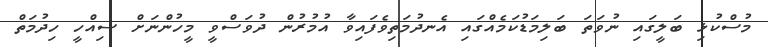
މުސްކުޅި ބަލީގައި ނުވަތަ ބަލިމަޑުކަމެއްގައި އެނދުމަތިވެފައިވާ އުމުރުން ދުވަސްވީ މީހުންނަށް ސިއްހީ ހިދުމަތް